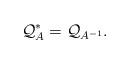
LaTeX: \begin{align*}{\mathcal Q}_A^*={\mathcal Q}_{A^{-1}}.\end{align*}